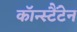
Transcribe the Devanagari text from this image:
कॉन्स्टैंटेन